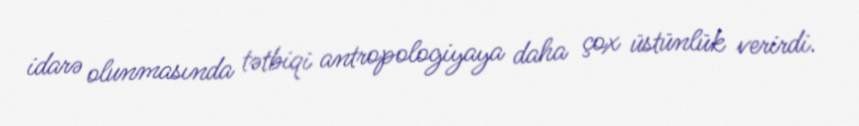
idarə olunmasında tətbiqi antropologiyaya daha çox üstünlük verirdi.